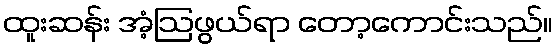
ထူးဆန်း အံ့ဩဖွယ်ရာ တော့ကောင်းသည်။